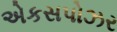
એકસપોઝર